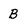
Character: B